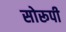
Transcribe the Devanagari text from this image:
सोरूपी